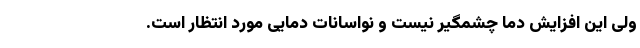
ولی این افزایش دما چشمگیر نیست‌ و نواسانات دمایی مورد انتظار است.